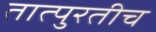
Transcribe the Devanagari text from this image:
तात्पुरतीच